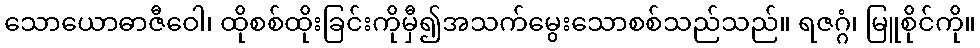
သောယောဓာဇီဝေါ၊ ထိုစစ်ထိုးခြင်းကိုမှီ၍အသက်မွေးသောစစ်သည်သည်။ ရဇဂ္ဂံ၊ မြူစိုင်ကို။